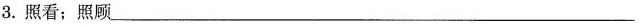
3.照看；照顾___